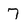
Character: 7